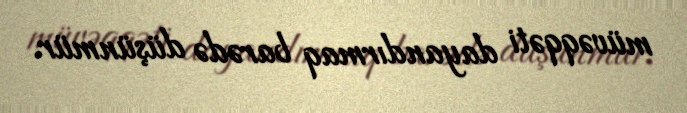
müvəqqəti dayandırmaq barədə düşünmür.